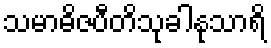
သမာဓိဇပီတိသုခါနုသာရိ